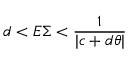
d < E \Sigma < \frac { 1 } { | c + d \theta | }